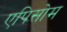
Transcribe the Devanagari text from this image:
एपिसोम